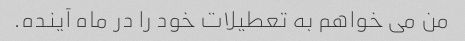
من می خواهم به تعطیلات خود را در ماه آینده.